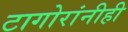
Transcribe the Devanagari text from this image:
टागोरांनीही